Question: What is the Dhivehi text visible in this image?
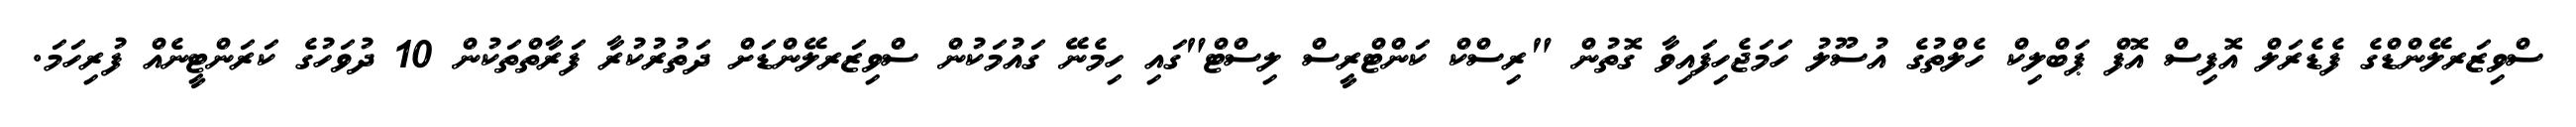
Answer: ސްވިޒަރލޭންޑްގެ ފެޑެރަލް އޮފިސް އޮފް ޕަބްލިކް ހެލްތުގެ އުސޫލު ހަމަޖެހިފައިވާ ގޮތުން "ރިސްކް ކަންޓްރީސް ލިސްޓް"ގައި ހިމެނޭ ގައުމަކުން ސްވިޒަރލޭންޑަށް ދަތުރުކުރާ ފަރާތްތަކުން 10 ދުވަހުގެ ކަރަންޓީނެއް ފުރިހަމަ.